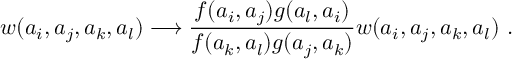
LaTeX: w ( a _ { i } , a _ { j } , a _ { k } , a _ { l } ) \longrightarrow \frac { f ( a _ { i } , a _ { j } ) g ( a _ { l } , a _ { i } ) } { f ( a _ { k } , a _ { l } ) g ( a _ { j } , a _ { k } ) } w ( a _ { i } , a _ { j } , a _ { k } , a _ { l } ) ~ .